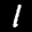
Label: 1